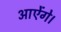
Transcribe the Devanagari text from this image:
आऐंगे।